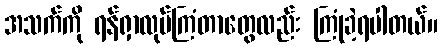
အသက်ကို ရန်ရှာလုပ်ကြံတာတွေလည်း ကြုံခဲ့ရပါတယ်။